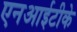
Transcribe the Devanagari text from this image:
एनआईटीके